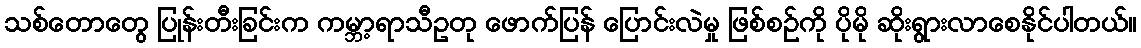
သစ်တောတွေ ပြုန်းတီးခြင်းက ကမ္ဘာ့ရာသီဥတု ဖောက်ပြန် ပြောင်းလဲမှု ဖြစ်စဉ်ကို ပိုမို ဆိုးရွားလာစေနိုင်ပါတယ်။